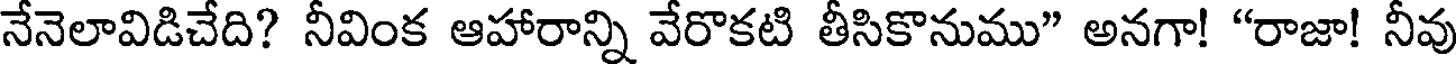
నేనెలావిడిచేది? నీవింక ఆహారాన్ని వేరొకటి తీసికొనుము" అనగా! "రాజా! నీవు